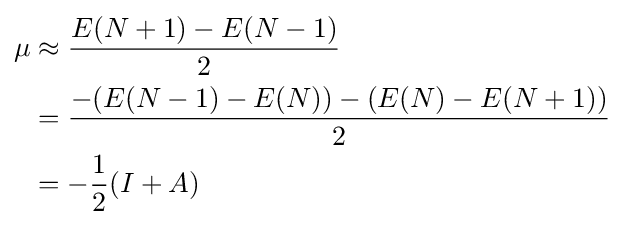
{\begin{aligned}\mu &\approx {\frac {E(N+1)-E(N-1)}{2}}\\&={\frac {-(E(N-1)-E(N))-(E(N)-E(N+1))}{2}}\\&=-{\frac {1}{2}}(I+A)\end{aligned}}